King Institute of Preventive Medicine Bacteriolog. Section reports 1907-08
Year: 1907
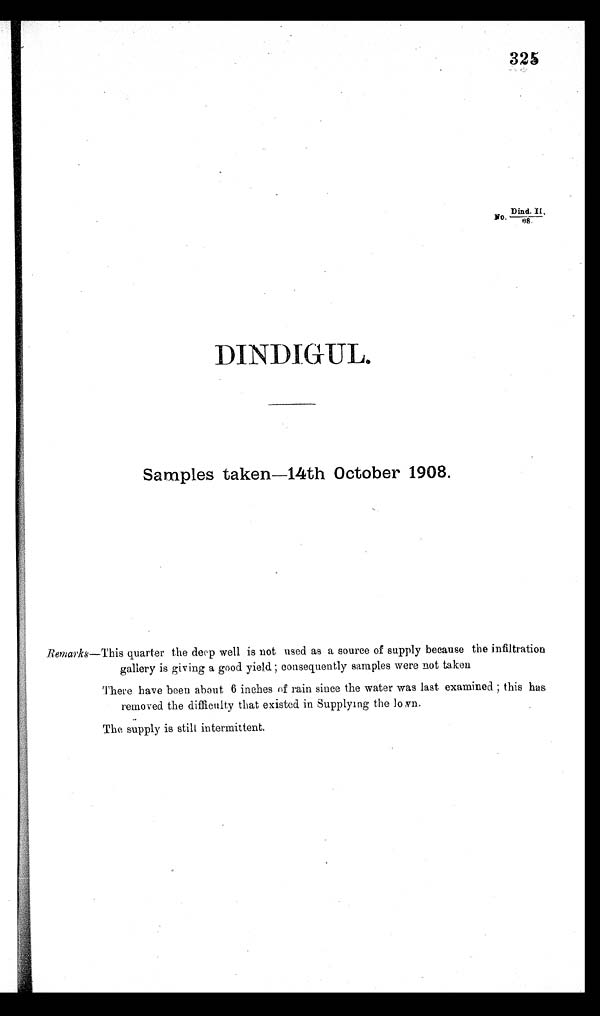
325
Dind. 11,
No.
DINDIGUL.
Samples takes 14th October 1908.
Ii emarks—This quarter the deep well is not used as a source of supply because the infiltration
gallery is giving a good yield ; consequently samples were not taken
There have been about 6 inches of rain since the water was last examined ; this has
removed the difficulty that existed in Supplying the lo ?yin.
The supply is still intermittent.